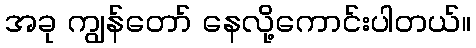
အခု ကျွန်တော် နေလို့ကောင်းပါတယ်။